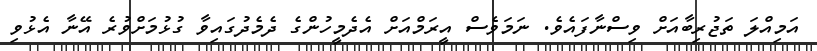
އަމިއްލަ ތަޖުރިބާއަށް ވިސްނާފައެވެ. ނަމަވެސް އީރަމްއަށް އެދެމީހުންގެ ދެމެދުގައިވާ ގުޅުމަށްވުރެ އޭނާ އެޅުވި